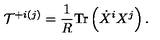
{ \cal T } ^ { + i ( j ) } = \frac { 1 } { R } \mathrm { T r } \left( \dot { X } ^ { i } X ^ { j } \right) .